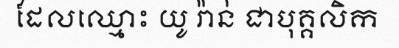
ដែលឈ្មោះ យូ រ៉ាន់ ជាបុគ្គលិក